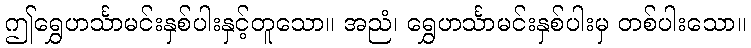
ဤရွှေဟင်္သာမင်းနှစ်ပါးနှင့်တူသော။ အညံ၊ ရွှေဟင်္သာမင်းနှစ်ပါးမှ တစ်ပါးသော။